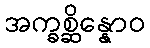
အက္ခစ္ဆိန္နောဝ